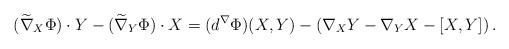
LaTeX: \begin{align*}(\widetilde{\nabla}_X \Phi) \cdot Y - (\widetilde{\nabla}_Y \Phi) \cdot X =(d^\nabla \Phi)(X,Y)- \left(\nabla_X Y- \nabla_Y X-[X,Y]\right).\end{align*}